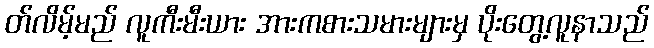
တ်လိမ့်မည် လူကီးမီးယား အားကစားသမားများမှ ပိုးတွေ့လူနာသည်